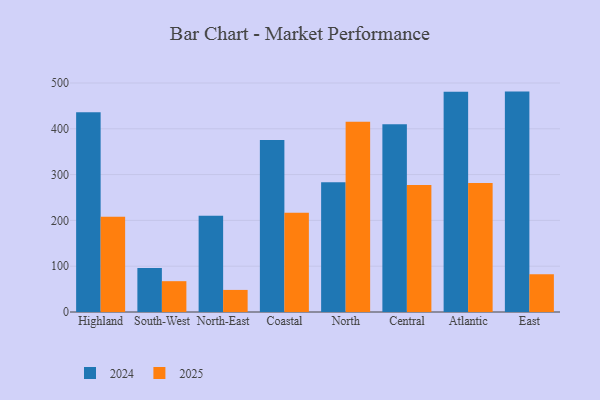
{"axis": {"x": "Region", "y": "Operating Costs (USD K)"}, "legend": ["2024", "2025"], "data": [{"x": "Highland", "y": 207.7, "type": "2025"}, {"x": "Highland", "y": 436.3, "type": "2024"}, {"x": "South-West", "y": 67.3, "type": "2025"}, {"x": "South-West", "y": 95.8, "type": "2024"}, {"x": "North-East", "y": 48.2, "type": "2025"}, {"x": "North-East", "y": 210.2, "type": "2024"}, {"x": "Coastal", "y": 216.8, "type": "2025"}, {"x": "Coastal", "y": 375.4, "type": "2024"}, {"x": "North", "y": 415.3, "type": "2025"}, {"x": "North", "y": 283.3, "type": "2024"}, {"x": "Central", "y": 277.2, "type": "2025"}, {"x": "Central", "y": 409.7, "type": "2024"}, {"x": "Atlantic", "y": 281.4, "type": "2025"}, {"x": "Atlantic", "y": 481.1, "type": "2024"}, {"x": "East", "y": 82.4, "type": "2025"}, {"x": "East", "y": 481.2, "type": "2024"}]}